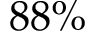
8 8 \%